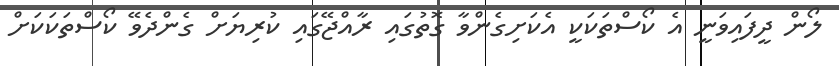
ލޯން ދީފައިވަނީ އެ ކޯސްތަކަކީ އެކަށިގެންވާ ގޮތުގައި ރާއްޖޭގައި ކުރިޔަށް ގެންދެވޭ ކޯސްތަކަކަށް